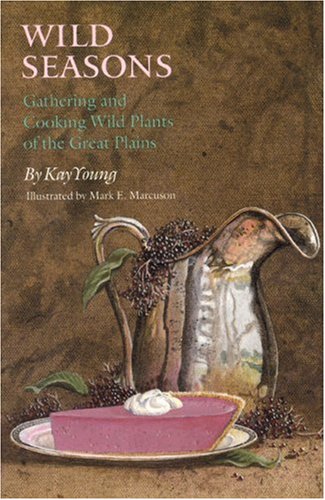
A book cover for Wild Seasons: Gathering and Cooking Wild Plants of the Great Plains; Kay Young; Cookbooks, Food & Wine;